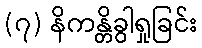
(၇) နိကန္တိခွါရှုခြင်း